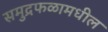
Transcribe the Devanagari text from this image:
समुद्रफळामधील